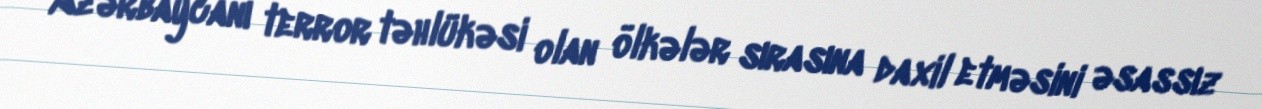
Azərbaycanı terror təhlükəsi olan ölkələr sırasına daxil etməsini əsassız